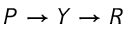
P \rightarrow Y \rightarrow R